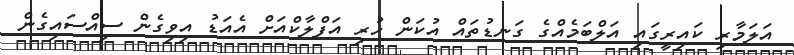
އަލަމާރި ކައިރީގައި އަލްބަމެއްގެ ގަނޑުތައް އުކަން ހުރި އަފްލާކްއަށް އެއަޑު އިވިގެން ސިއްސައިގެން